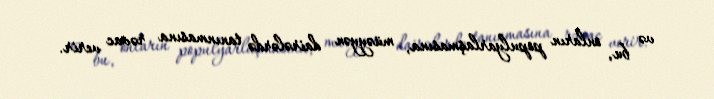
və bu, onların populyarlaşmasına, müəyyən dairələrdə tanınmasına rəvac verir.